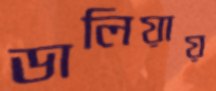
ডালিয়ায়